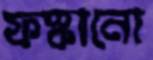
ফস্‌কানো